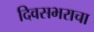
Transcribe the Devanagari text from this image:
दिवसभराचा